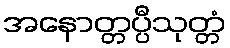
အနောတ္တပ္ပီသုတ္တံ